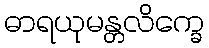
ဓာရယုမန္တလိက္ခေ